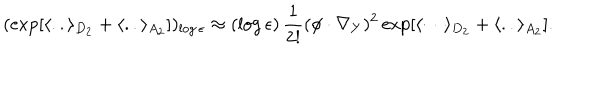
( \exp [ \langle . . \rangle _ { D _ { 2 } } + \langle . . \rangle _ { A _ { 2 } } ] ) _ { \log \epsilon } \approx ( \log \epsilon ) \, { \frac { 1 } { 2 ! } } ( \phi \cdot \nabla _ { Y } ) ^ { 2 } \exp [ { \langle \cdots \rangle _ { D _ { 2 } } } + \langle . . \rangle _ { A _ { 2 } } ] .